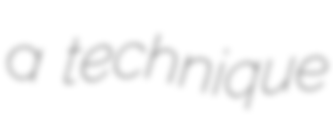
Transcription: a technique